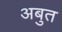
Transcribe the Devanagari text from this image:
अबुत